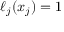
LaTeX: \ell _ { j } ( x _ { j } ) = 1